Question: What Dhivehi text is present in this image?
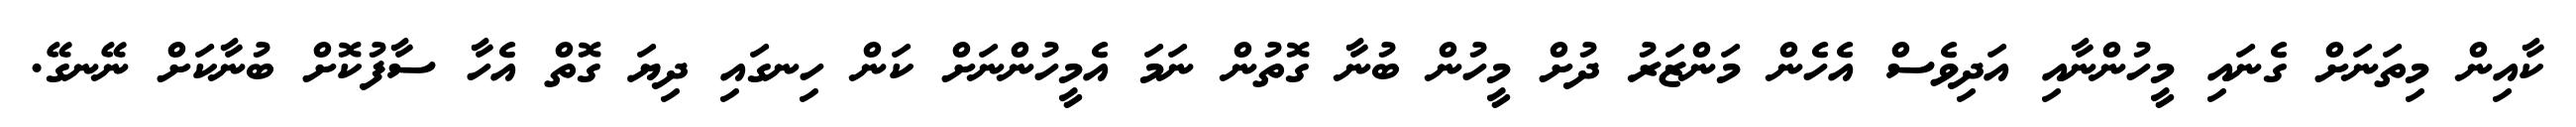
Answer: ކާއިން މިތަނަށް ގެނައި މީހުންނާއި އަދިވެސް އެހެން މަންޒަރު ދުށް މީހުން ބުނާ ގޮތުން ނަމަ އެމީހުންނަށް ކަން ހިނގައި ދިޔަ ގޮތް އެހާ ސާފުކޮށް ބުނާކަށް ނޭނގޭ.